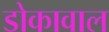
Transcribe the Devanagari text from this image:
डोकावाल